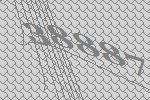
38887